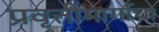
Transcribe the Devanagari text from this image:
प्रवृत्तीमार्गाचा